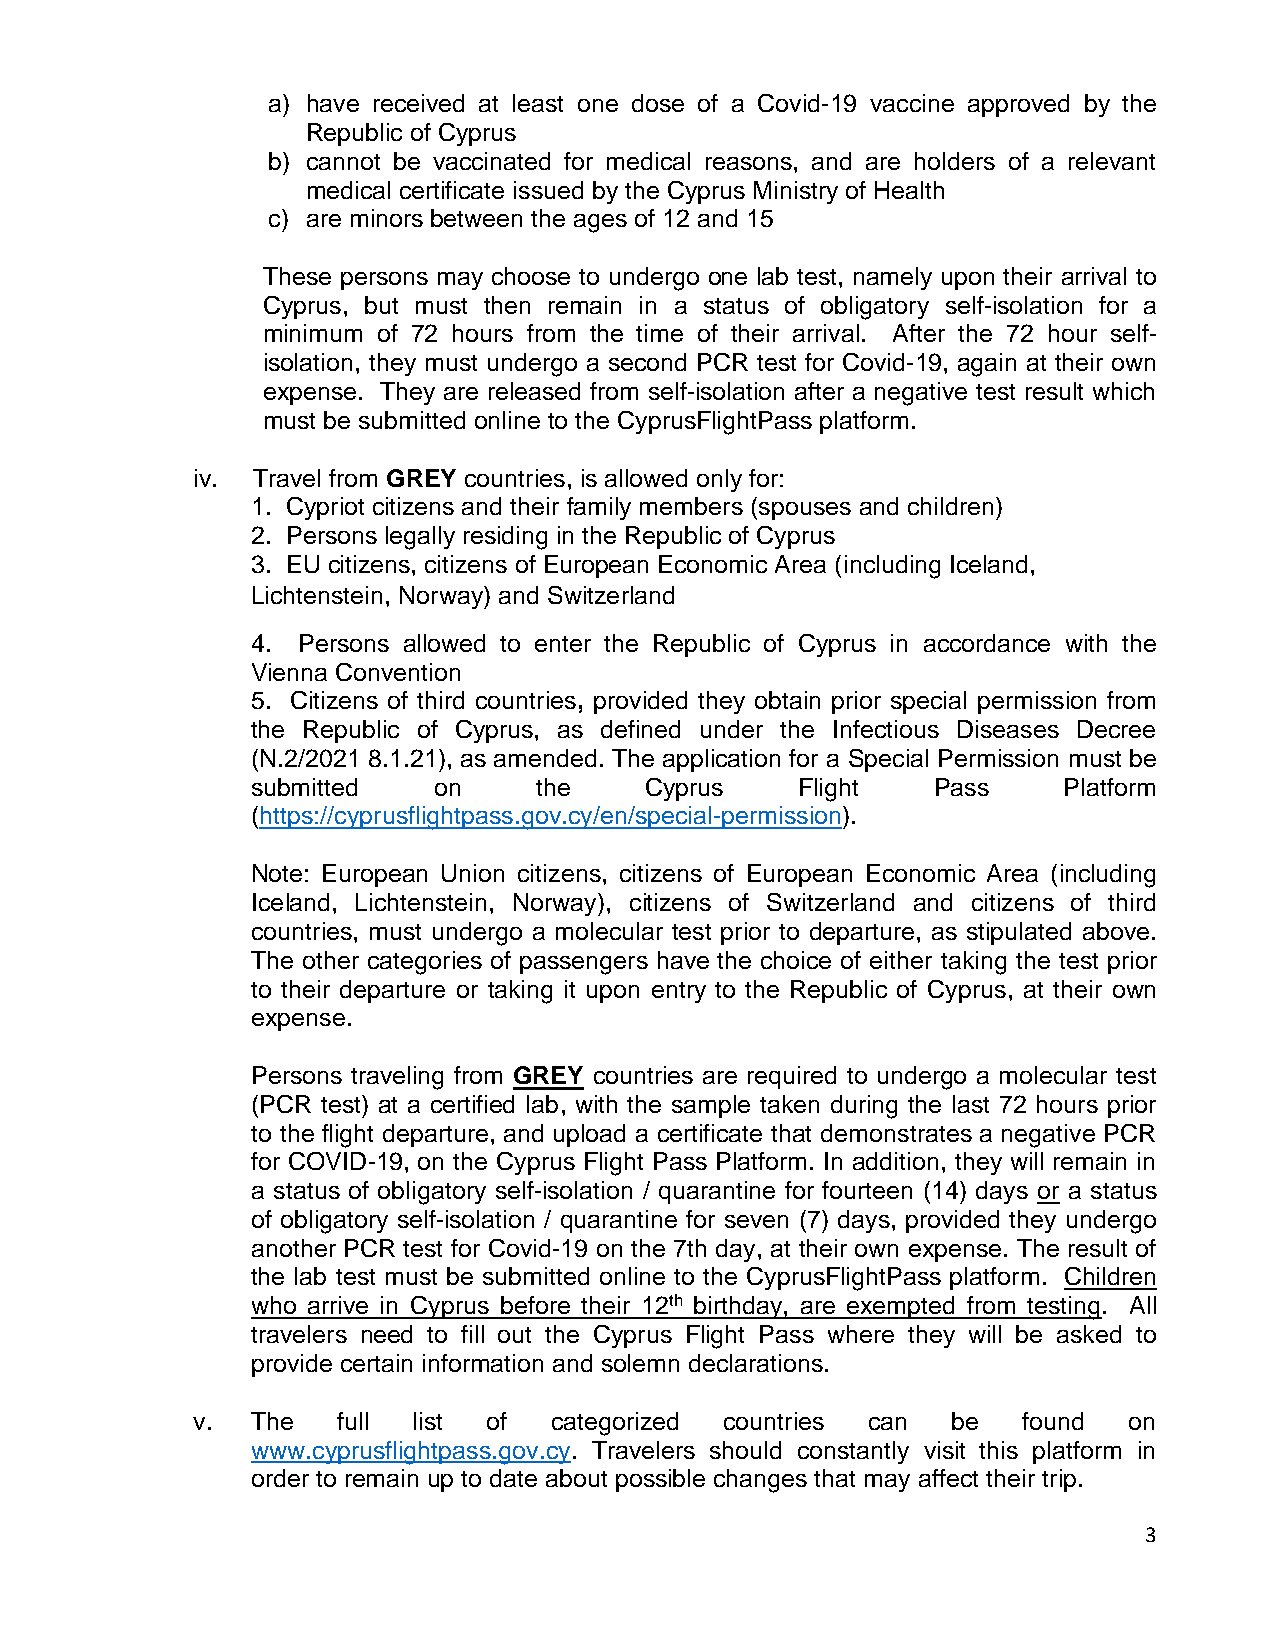
a) have received at least one dose of a Covid-19 vaccine approved by the
 Republic of Cyprus
 b) cannot be vaccinated for medical reasons, and are holders of a relevant
 medical certificate issued by the Cyprus Ministry of Health
 c) are minors between the ages of 12 and 15
 These persons may choose to undergo one lab test, namely upon their arrival to
 Cyprus, but must then remain in a status of obligatory self-isolation for a
 minimum of 72 hours from the time of their arrival. After the 72 hour self-
 isolation, they must undergo a second PCR test for Covid-19, again at their own
 expense. They are released from self-isolation after a negative test result which
 must be submitted online to the CyprusFlightPass platform.
 iv. Travel from GREY countries, is allowed only for:
 1. Cypriot citizens and their family members (spouses and children)
 2. Persons legally residing in the Republic of Cyprus
 3. EU citizens, citizens of European Economic Area (including Iceland,
 Lichtenstein, Norway) and Switzerland
 4. Persons allowed to enter the Republic of Cyprus in accordance with the
 Vienna Convention
 5. Citizens of third countries, provided they obtain prior special permission from
 the Republic of Cyprus, as defined under the Infectious Diseases Decree
 (N.2/2021 8.1.21), as amended. The application for a Special Permission must be
 submitted   on    the     Cyprus    Flight   Pass    Platform
 (https://cyprusflightpass.gov.cy/en/special-permission).
 Note: European Union citizens, citizens of European Economic Area (including
 Iceland, Lichtenstein, Norway), citizens of Switzerland and citizens of third
 countries, must undergo a molecular test prior to departure, as stipulated above.
 The other categories of passengers have the choice of either taking the test prior
 to their departure or taking it upon entry to the Republic of Cyprus, at their own
 expense.
 Persons traveling from GREY countries are required to undergo a molecular test
 (PCR test) at a certified lab, with the sample taken during the last 72 hours prior
 to the flight departure, and upload a certificate that demonstrates a negative PCR
 for COVID-19, on the Cyprus Flight Pass Platform. In addition, they will remain in
 a status of obligatory self-isolation / quarantine for fourteen (14) days or a status
 of obligatory self-isolation / quarantine for seven (7) days, provided they undergo
 another PCR test for Covid-19 on the 7th day, at their own expense. The result of
 the lab test must be submitted online to the CyprusFlightPass platform. Children
 who arrive in Cyprus before their 12th birthday, are exempted from testing. All
 travelers need to fill out the Cyprus Flight Pass where they will be asked to
 provide certain information and solemn declarations.
 v.  The  full list of  categorized countries can  be   found  on
 www.cyprusflightpass.gov.cy. Travelers should constantly visit this platform in
 order to remain up to date about possible changes that may affect their trip.
 3